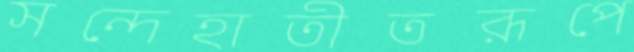
সন্দেহাতীতরূপে